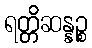
ရတ္တိဆန္နဉ္စ